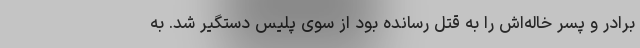
برادر و پسر خاله‌اش را به قتل رسانده بود از سوی پلیس دستگیر شد. به